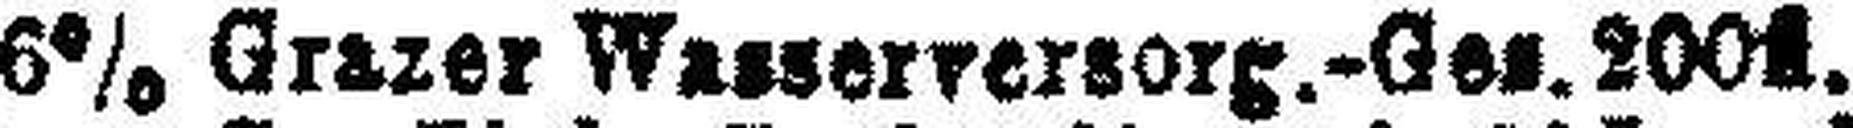
6% Grazer Wasserversorg.-Ges. 200fl.